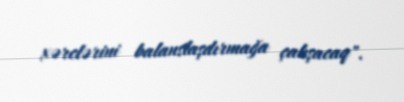
xərclərini balanslaşdırmağa çalışacaq".